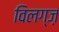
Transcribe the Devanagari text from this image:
विलग्ज़